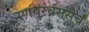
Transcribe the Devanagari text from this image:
रणधुरंधरासच